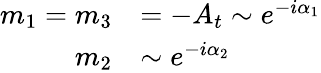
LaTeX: \begin{array}{rl}{{m_{1}=m_{3}}}&{{=-A_{t}\sim e^{-i\alpha_{1}}}}\\ {{m_{2}}}&{{\sim e^{-i\alpha_{2}}}}\end{array}